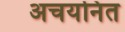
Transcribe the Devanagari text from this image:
अचयनित